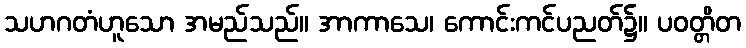
သဟဂတံဟူသော အမည်သည်။ အာကာသေ၊ ကောင်းကင်ပညတ်၌။ ပဝတ္တိတ